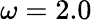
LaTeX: \omega=2.0